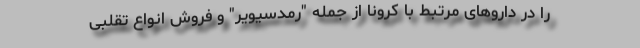
را در داروهای مرتبط با کرونا از جمله "رمدسیویر" و فروش انواع تقلبی